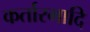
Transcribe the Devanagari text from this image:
कर्तारमादि